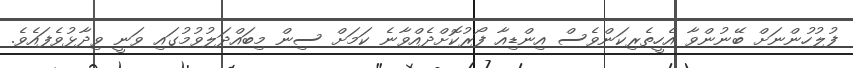
ފުލުހުންނަށް ބޭނުންވާ އެހީތެރިކަންވެސް އިންޑިއާ ފޯރުކޮށްދެއްވާނެ ކަމަށް ސިން މިބައްދަލުވުމުގައި ވަނީ ވިދާޅުވެފައެވެ.